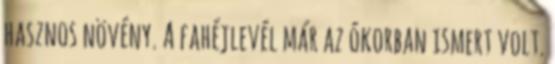
hasznos növény. A fahéjlevél már az ókorban ismert volt.